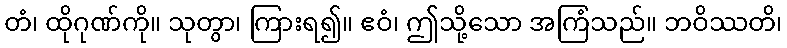
တံ၊ ထိုဂုဏ်ကို။ သုတွာ၊ ကြားရ၍။ ဧဝံ၊ ဤသို့သော အကြံသည်။ ဘဝိဿတိ၊